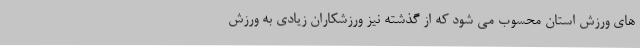
های ورزش استان محسوب می شود که از گذشته نیز ورزشکاران زیادی به ورزش